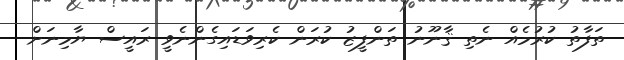
ތަފާތު ކުރުމެއް ނެތި ޤާނޫނު ތަންފީޒު ކުރަން ކެރިވަޑައިގެންނެވީ ރައީސް ޔާމިނަށް